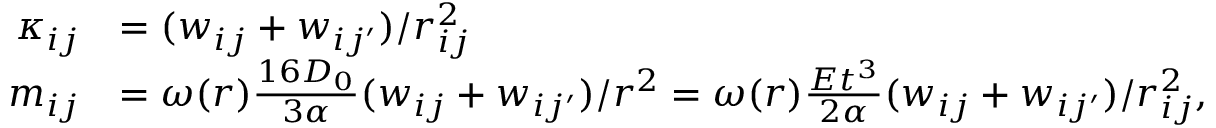
\begin{array} { r l } { \kappa _ { i j } } & { = ( w _ { i j } + w _ { i j ^ { \prime } } ) / r _ { i j } ^ { 2 } } \\ { m _ { i j } } & { = \omega ( r ) \frac { 1 6 D _ { 0 } } { 3 \alpha } ( w _ { i j } + w _ { i j ^ { \prime } } ) / r ^ { 2 } = \omega ( r ) \frac { E t ^ { 3 } } { 2 \alpha } ( w _ { i j } + w _ { i j ^ { \prime } } ) / r _ { i j } ^ { 2 } , } \end{array}